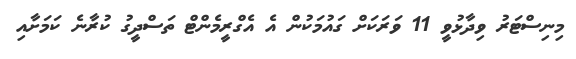
މިނިސްޓަރު ވިދާޅުވީ 11 ވަރަކަށް ގައުމަކުން އެ އެގްރީމެންޓް ތަސްދީގު ކުރާނެ ކަމަށާއި